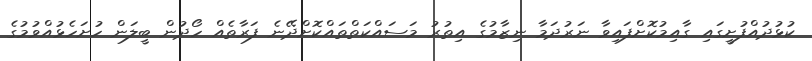
ކުޅުދުއްފުށީގައި ގާއިމުކޮށްފައިވާ ނަރުދަމާ ނިޒާމުގެ އިތުރު މަސައްކަތްތައްކޮށްދޭނެ ފަރާތެއް ހޯދުން ބީލަން ހުށަހެޅުއްވުމުގެ